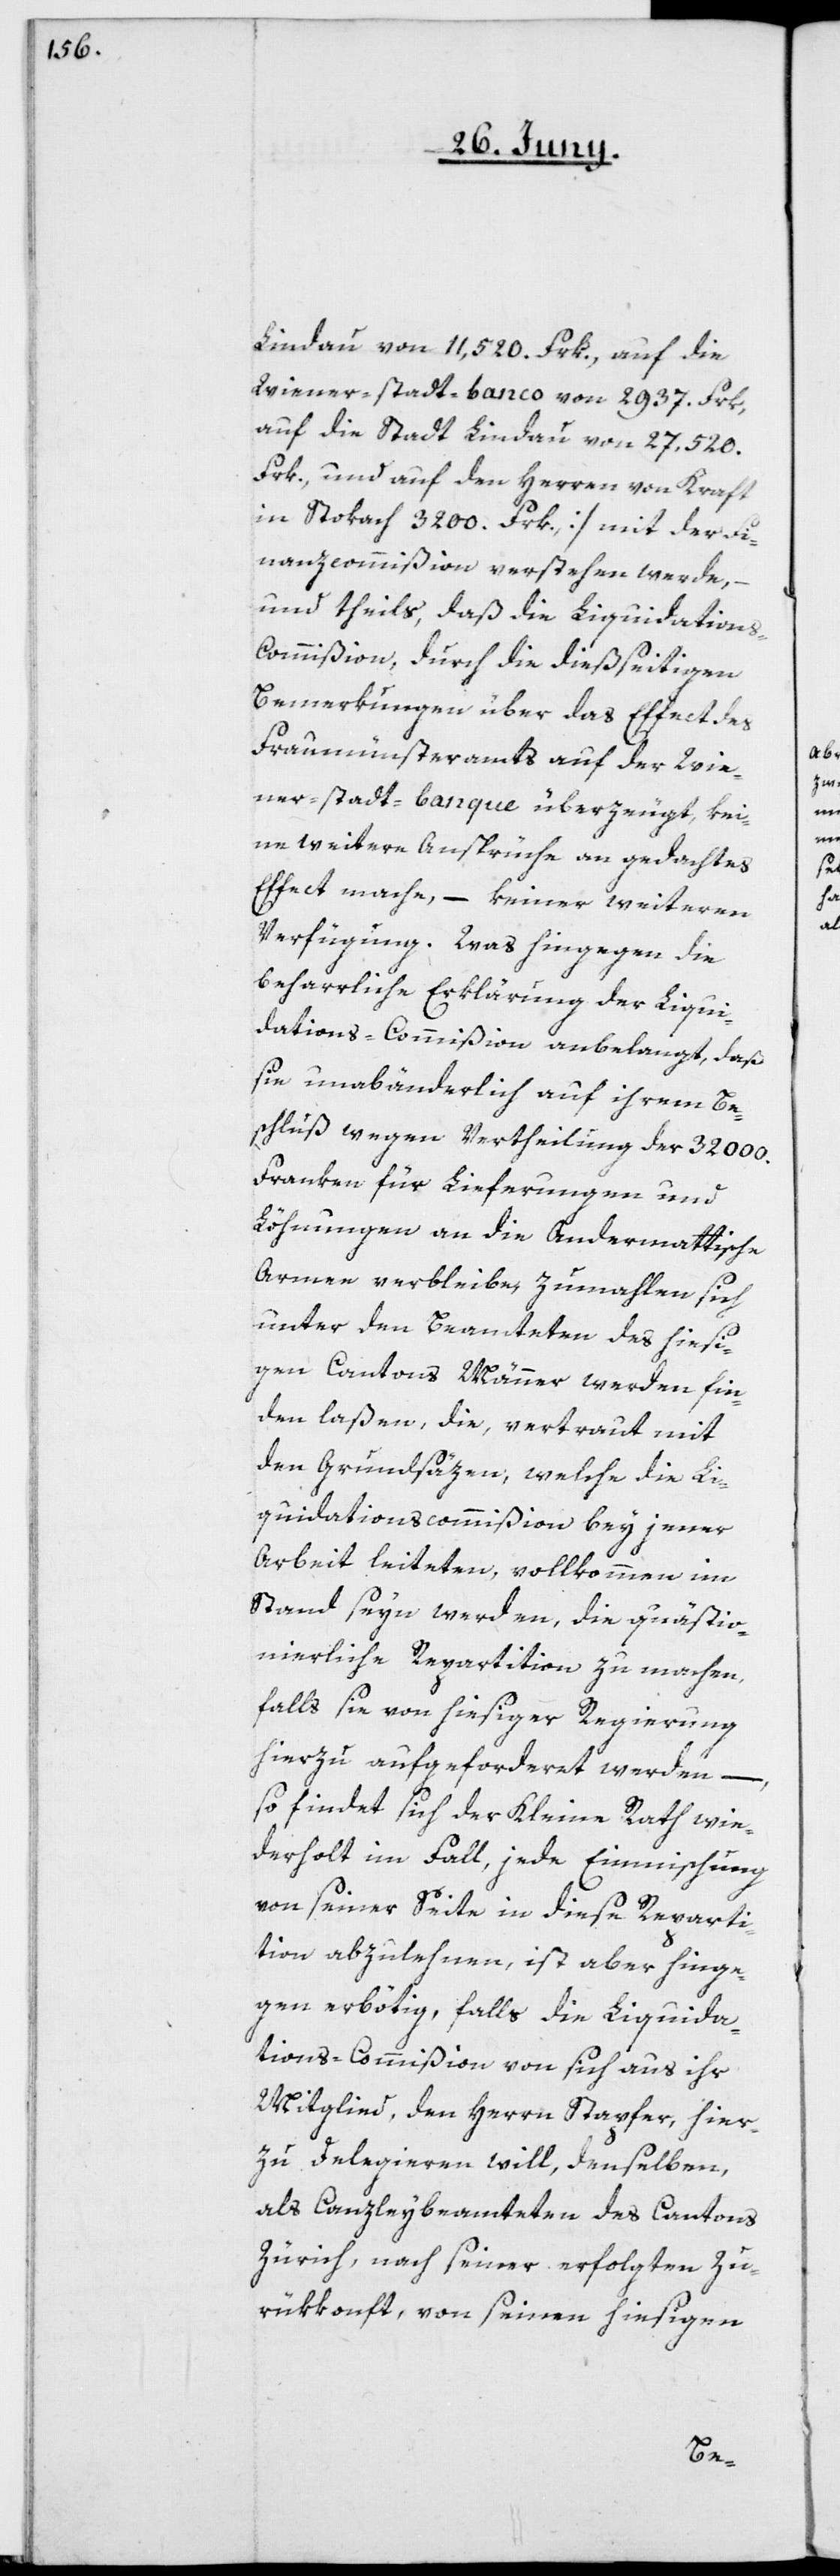
Lindau von 11,520 Frk., auf die
Wiener-Stadt-Banco von 2937. Frk,
auf die Stadt Lindau von 27,520.
Frk., und auf den Herren von Kraft
in Stokach 3200. Frk.] mit der Fi¬
nanzcommißion verstehen werde, –
und theils, daß die Liquidation¬
s-Commißion durch die dießseitigen
Bemerkungen über das Effect des
Fraumünsteramts auf der Wie¬
ner-stadt-Banque überzeugt, kei¬
ne weitere Ansprüche an gedachtes
Effect mache, – keiner weiteren
Verfügung. Was hingegen die
beharrliche Erklärung der Liqui¬
dations-Commißion anbelangt, daß
sie unabänderlich auf ihrem Be¬
schluß wegen Vertheilung der 32 000.
Franken für Lieferungen und
Löhnungen an die Andermattische
Armee verbleibe, zumahlen sich
unter den Beamteten des hiesi¬
gen Cantons Männer werden fin¬
den laßen, die, vertraut mit
den Grundsäzen, welche die Li¬
quidationscommißion bey jener
Arbeit leiteten, vollkommen im
Stand seyn werden, die quästio¬
nierliche Repartition zu machen,
falls sie von hiesiger Regierung
hierzu aufgeforderet werden, –
so findet sich der Kleine Rath wie¬
derholt im Fall, jede Einmischung
von seiner Seite in diese Reparti¬
tion abzulehnen, ist aber hinge¬
gen erbötig, falls die Liquida¬
tions-Commißion von sich aus ihr
Mitglied, den Herrn Stapfer, hier¬
zu delegieren will, denselben
als Canzleybeamteten des Cantons
Zürich, nach seiner erfolgten Zu¬
rükkonft, von seinen hiesigen